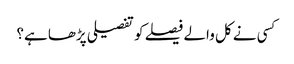
کسی نے کل والے فیصلے کو تفصیلی پڑھا ہے؟